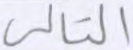
التالي